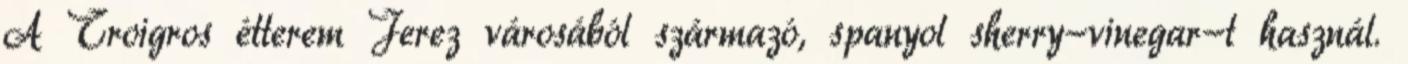
A Troigros étterem Jerez városából származó, spanyol sherry-vinegar-t használ.